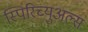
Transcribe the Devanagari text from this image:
स्पिरिच्युअल्स